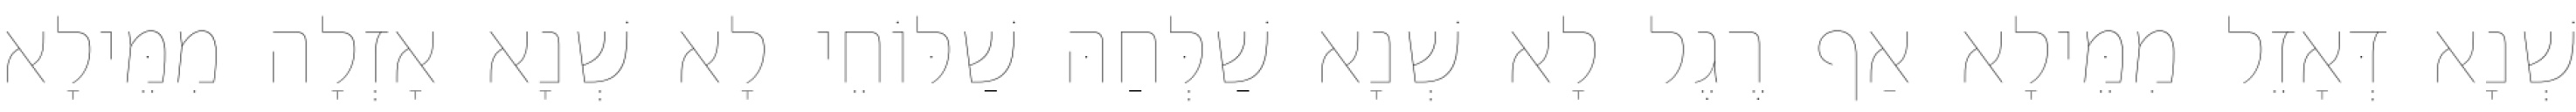
שְׁנָא דְּאָזֵל מִמֵּילָא אַף רֶגֶל לָא שְׁנָא שַׁלְּחַהּ שַׁלּוֹחֵי לָא שְׁנָא אָזְלָה מִמֵּילָא